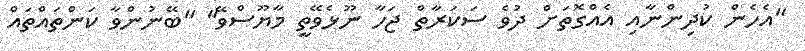
"އެހެން ކުދިންނާއި އެއްގޮތަށް ދުވެ ސަކަރާތް ޖަހާ ނޫޅެވޭތީ މާޔޫސްވޭ" "ބޭނުންވާ ކަންތައްތައް